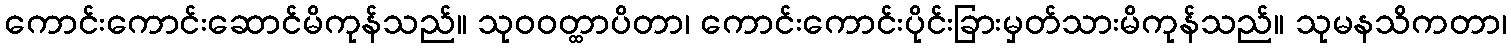
ကောင်းကောင်းဆောင်မိကုန်သည်။ သုဝဝတ္ထာပိတာ၊ ကောင်းကောင်းပိုင်းခြားမှတ်သားမိကုန်သည်။ သုမနသိကတာ၊